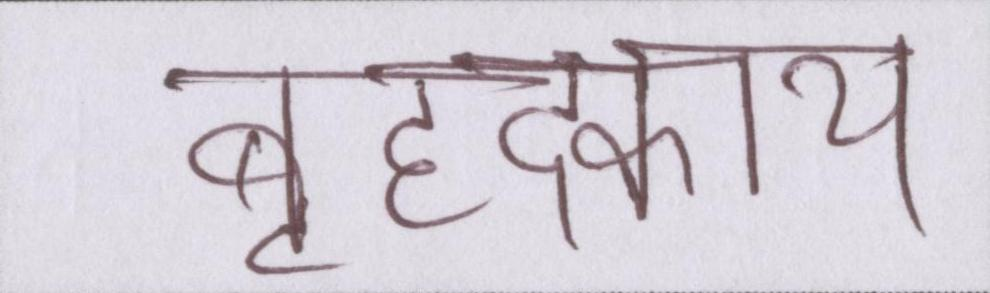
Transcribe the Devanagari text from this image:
बृहदकाय